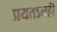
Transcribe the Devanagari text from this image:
प्रयतऽनही